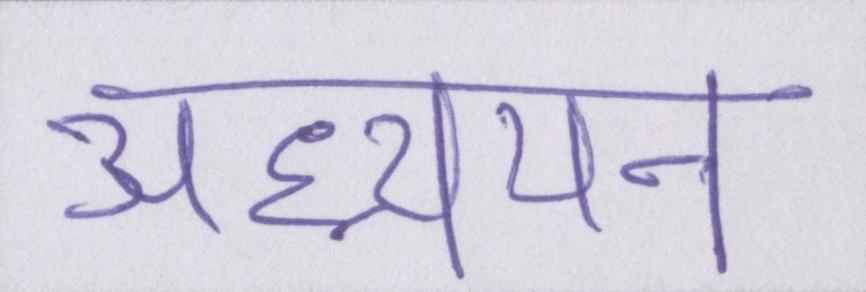
अध्ययन